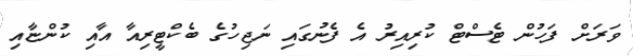
ވަރަށް ފަހުން ޓެސްޓް ކުރިއިރު އެ ފެނުގައި ނަޖިހުގެ ބެކްޓީރިއާ އާއި ކުންޏާއި